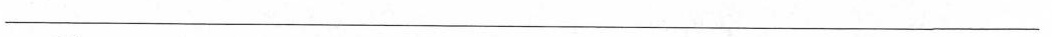
___________